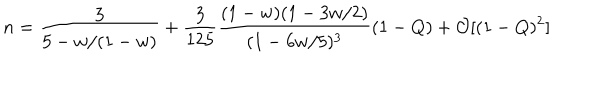
n = \frac { 3 } { 5 - w / ( 1 - w ) } + \frac { 3 } { 1 2 5 } \frac { ( 1 - w ) ( 1 - 3 w / 2 ) } { ( 1 - 6 w / 5 ) ^ { 3 } } ( 1 - Q ) + \mathcal { O } [ ( 1 - Q ) ^ { 2 } ]